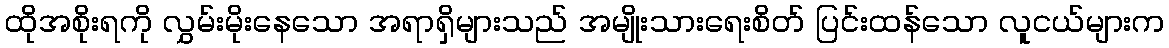
ထိုအစိုးရကို လွှမ်းမိုးနေသော အရာရှိများသည် အမျိုးသားရေးစိတ် ပြင်းထန်သော လူငယ်များက